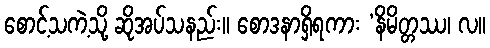
စောင့်သကဲ့သို့ ဆိုအပ်သနည်း။ စောဒနာရှိရကား ‘နိမိတ္တဿ၊ လ။